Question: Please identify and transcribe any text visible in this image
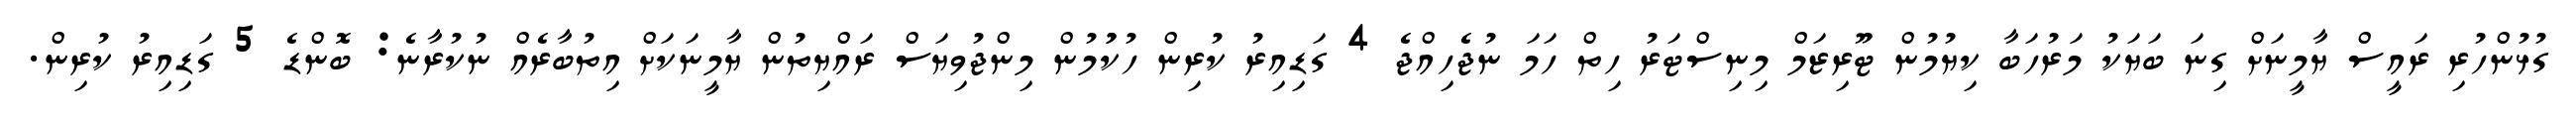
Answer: ގުޅުންހުރި ރައީސް ޔާމީނަށް ގިނަ ބަޔަކު މަރުހަބާ ކިޔުމުން ޓޫރިޒަމް މިނިސްޓަރު ހިތް ހަމަ ނުޖެހިއްޖެ 4 ގަޑިއިރު ކުރިން ހުކުުމުން މިންޖުވިޔަސް ރައްޔިތުން ޔާމީނަކަށް އިތުބާރެއް ނުކުރާނެ: ބޮންޑެ 5 ގަޑިއިރު ކުރިން.